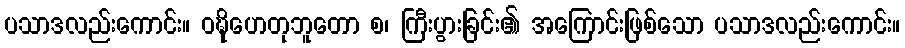
ပသာဒလည်းကောင်း။ ဝဍ္ဎိဟေတုဘူတော စ၊ ကြီးပွားခြင်း၏ အကြောင်းဖြစ်သော ပသာဒလည်းကောင်း။